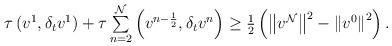
LaTeX: \begin{align*} \begin{array}{ll} \tau\left(v^{1},\delta_{t}v^1\right)+ \tau\sum\limits^{\mathcal{N}}_{n=2}\left(v^{n-\frac{1}{2}},\delta_{t}v^{n}\right)\geq \frac{1}{2}\left(\left\|v^{\mathcal{N}}\right\|^{2}- \left\|v^{0}\right\|^{2}\right). \end{array} \end{align*}